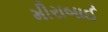
મીરાબાઈ